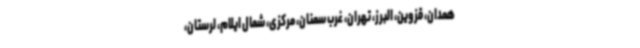
همدان، قزوین، البرز، تهران، غرب سمنان، مرکزی، شمال ایلام، لرستان،